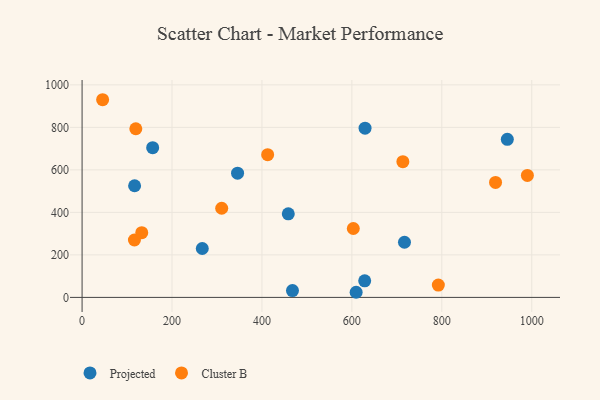
{"axis": {"x": "Study Hours", "y": "Profit"}, "legend": ["Cluster B", "Projected"], "data": [{"x": "458.6", "y": 393.2, "type": "Projected"}, {"x": "157.0", "y": 704.5, "type": "Projected"}, {"x": "717.0", "y": 259.5, "type": "Projected"}, {"x": "609.5", "y": 24.1, "type": "Projected"}, {"x": "945.7", "y": 743.9, "type": "Projected"}, {"x": "345.8", "y": 584.4, "type": "Projected"}, {"x": "628.5", "y": 77.8, "type": "Projected"}, {"x": "267.3", "y": 230.0, "type": "Projected"}, {"x": "467.9", "y": 32.0, "type": "Projected"}, {"x": "629.3", "y": 796.1, "type": "Projected"}, {"x": "116.8", "y": 525.2, "type": "Projected"}, {"x": "412.7", "y": 671.3, "type": "Cluster B"}, {"x": "310.5", "y": 419.3, "type": "Cluster B"}, {"x": "603.2", "y": 324.2, "type": "Cluster B"}, {"x": "792.3", "y": 58.1, "type": "Cluster B"}, {"x": "45.7", "y": 930.0, "type": "Cluster B"}, {"x": "116.4", "y": 270.1, "type": "Cluster B"}, {"x": "132.7", "y": 304.3, "type": "Cluster B"}, {"x": "919.5", "y": 540.7, "type": "Cluster B"}, {"x": "119.5", "y": 793.5, "type": "Cluster B"}, {"x": "713.4", "y": 638.6, "type": "Cluster B"}, {"x": "990.3", "y": 573.8, "type": "Cluster B"}]}